King Institute of Preventive Medicine Micro-Biological Section reports 1909-11
Year: 1909
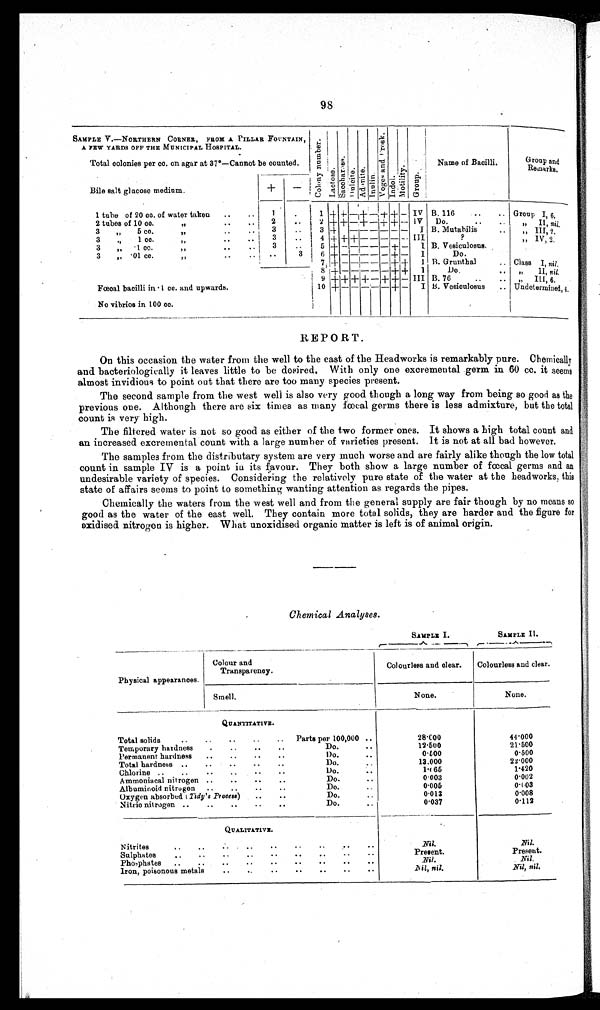
98
SAMPLE V.—NORTHERN CORNER, FROM A PILLAR FOUNTAIN,
A FEW YARDS OFF THE MUNICIPAL HOSPITAL.
C o l o n y n u m b e r .
Lactose.
S a c c h a r o s e .
Dul ci te. Adoni t e.
Inulin.
V o g e s a n d P r o s k .
Indol.
Mo t i l i t y .
Gr oup.
Name of Bacilli.
Group and
Remarks.
Total colonies per cc. on agar at 37°—Cannot be counted.
Bile salt glucose medium.
+
–
1 tube of 20 cc. of water taken
..
..
1
. 1 + + — +
— + + — IV B. 116
..
.. Group I, 6.
2 tubes of 10 cc.
,,
..
..
2
..
2 + + — + —+ + — IV Do.
..
..
, , II, n i l .
3
„
5 cc.
,,
..
..
3
..
3 +
——————
I B. Mutahilis
..
, ,
III, 2.
3
, ,
1 cc.
,,
3
. . 4 + + + —— ———
I I I
?
, ,
IV, 2.
3
„
.1 cc.
,,
..
..
3
. . 5 + — — — — + —
I B. Vesiculosus.
3 ,,
. 0 1 c c .
,,
..
. .
3
6 + —— ———+ — I
Do.
7 + —— ——— + +
I B. Grunthal
.. Class I, nil.
8 +
—— ——— + +
I
Do.
• .
, , II, n i l .
9 + + + + —+ + — III B. 76
• .
..
, , III, 6.
Fœcal bacilli in .1 cc. and upwards.
10 + —— ——— + —
I B. Vesiculosus
.. Undetermined, 4.
No vibrios in 100 cc.
REPORT.
On this occasion the water from the well to the east of the Headworks is remarkably pure. Chemically
and bacteriologically it leaves little to be desired. With only one excremental germ in 60 cc. it seems
almost invidious to point out that there are too many species present.
The second sample from the west well is also very good though a long way from being so good as the
previous one. Although there are six times as many fœcal germs there is less admixture, but the total
count is very high.
The filtered water is not so good as either of the two former ones. It shows a high total count and
an increased excremental count with a large number of varieties present. It is not at all bad however.
The samples from the distributary system are very much worse and are fairly alike though the low total
count in sample IV is a point in its favour. They both show a large number of fœcal germs and an
undesirable variety of species. Considering the relatively pure state of the water at the headworks, this
state of affairs seems to point to something wanting attention as regards the pipes.
Chemically the waters from the west well and from the general supply are fair though by no means so
good as the water of the east well. They contain more total solids, they are harder and the figure for
oxidised nitrogen is higher. What unoxidised organic matter is left is of animal origin.
Chemical Analyses.
SAMPLE I
SAMPLE II.
Physical appearances.
Colour and
Transparency.
Colourless and clear.
Colourless and clear.
Smell.
None.
None.
QUANTITATIVE.
Total solids
..
..
..
..
..
Parts per 100,000 ..
28.000
44.000
Temporary hardness
.
..
..
..
Do.
..
12.500
21.500
Permanent hardness
..
..
..
..
Do.
..
0.500
0.500
Total hardness ..
..
..
• .
..
Do.
..
13.000
22.000
Chlorine ..
..
..
..
..
..
Do.
..
1.065
1.420
Ammoniacal nitrogen ..
..
..
..
Do. . .
0.003
0.002
Albuminoid nitrogen
..
..
..
..
Do. ..
0 . 0 0 5
0.003
Oxygen absorbed ( Tidy's Process ) ..
..
Do . ..
0 . 0 1 3
0.008
Nitric nitrogen ..
..
.....
..
Do. ..
0 . 0 3 7
0.112
QUALITATIVE.
Nitrites
..
..
..
..
..
..
.. .. ..
Nil.
Nil.
Sulphates
..
..
..
..
..
..
..
..
Present.
Present.
Phosphates
..
..
..
..
..
..
..
..
. .
Nil.
N i l .
Iron, poisonous metals
..
..
..
..
..
..
..
N i l , n i l .
Nil, nil.